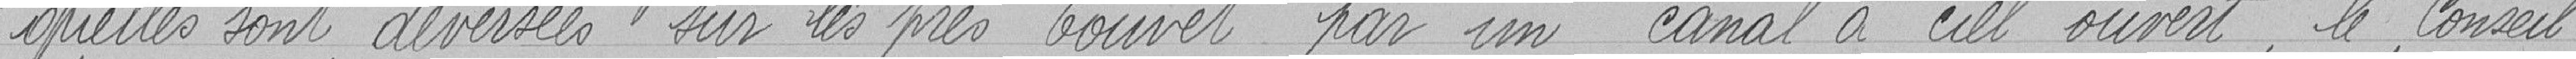
quelles sont déversées sur les prés Touvet par un canal à ciel ouvert, le Conseil